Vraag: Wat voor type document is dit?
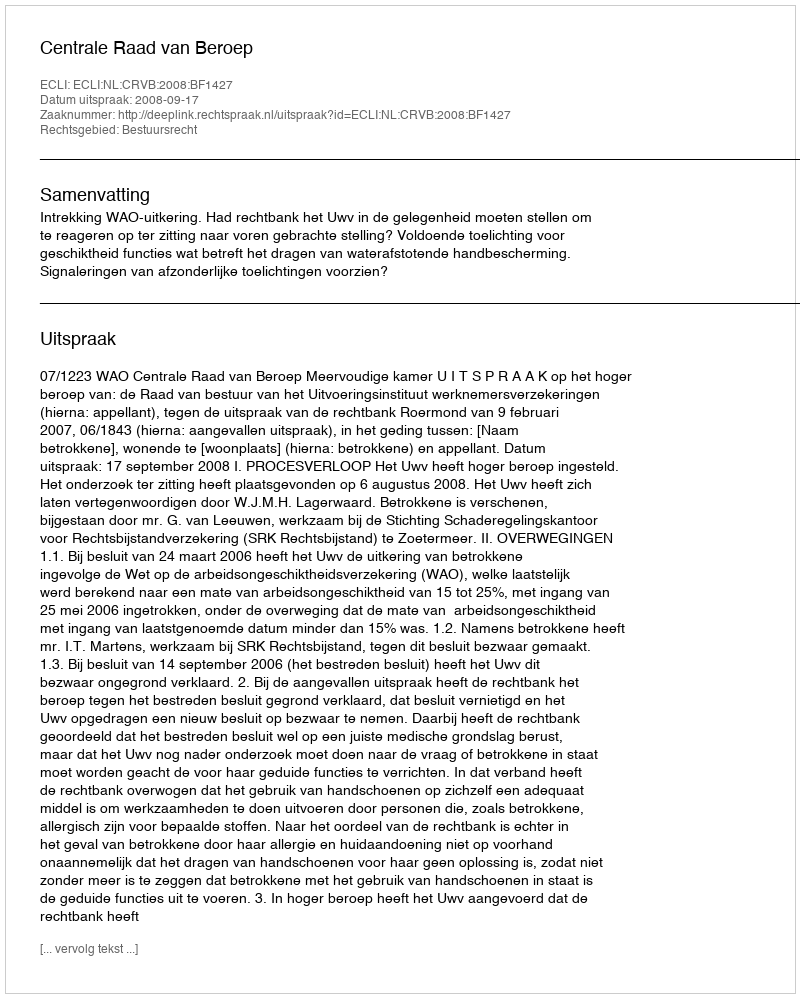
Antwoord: Uitspraak